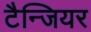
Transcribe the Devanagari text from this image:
टैन्जियर